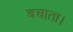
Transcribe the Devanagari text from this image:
बचाता।